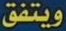
ويتفق